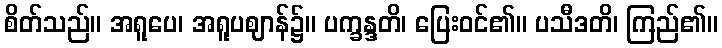
စိတ်သည်။ အရူပေ၊ အရူပဈာန်၌။ ပက္ခန္ဒတိ၊ ပြေးဝင်၏။ ပသီဒတိ၊ ကြည်၏။